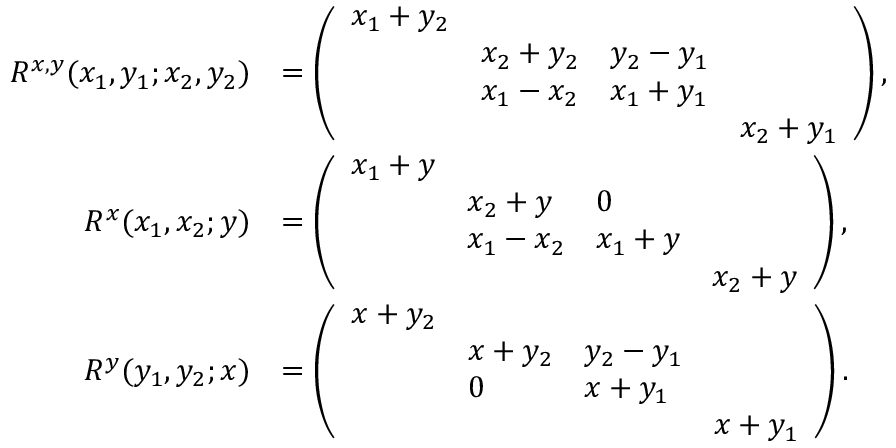
\begin{array} { r l } { R ^ { x , y } ( x _ { 1 } , y _ { 1 } ; x _ { 2 } , y _ { 2 } ) } & { = \left( \begin{array} { l l l l } { x _ { 1 } + y _ { 2 } } & & & \\ & { x _ { 2 } + y _ { 2 } } & { y _ { 2 } - y _ { 1 } } & \\ & { x _ { 1 } - x _ { 2 } } & { x _ { 1 } + y _ { 1 } } & \\ & & & { x _ { 2 } + y _ { 1 } } \end{array} \right) , } \\ { R ^ { x } ( x _ { 1 } , x _ { 2 } ; y ) } & { = \left( \begin{array} { l l l l } { x _ { 1 } + y } & & & \\ & { x _ { 2 } + y } & { 0 } & \\ & { x _ { 1 } - x _ { 2 } } & { x _ { 1 } + y } & \\ & & & { x _ { 2 } + y } \end{array} \right) , } \\ { R ^ { y } ( y _ { 1 } , y _ { 2 } ; x ) } & { = \left( \begin{array} { l l l l } { x + y _ { 2 } } & & & \\ & { x + y _ { 2 } } & { y _ { 2 } - y _ { 1 } } & \\ & { 0 } & { x + y _ { 1 } } & \\ & & & { x + y _ { 1 } } \end{array} \right) . } \end{array}